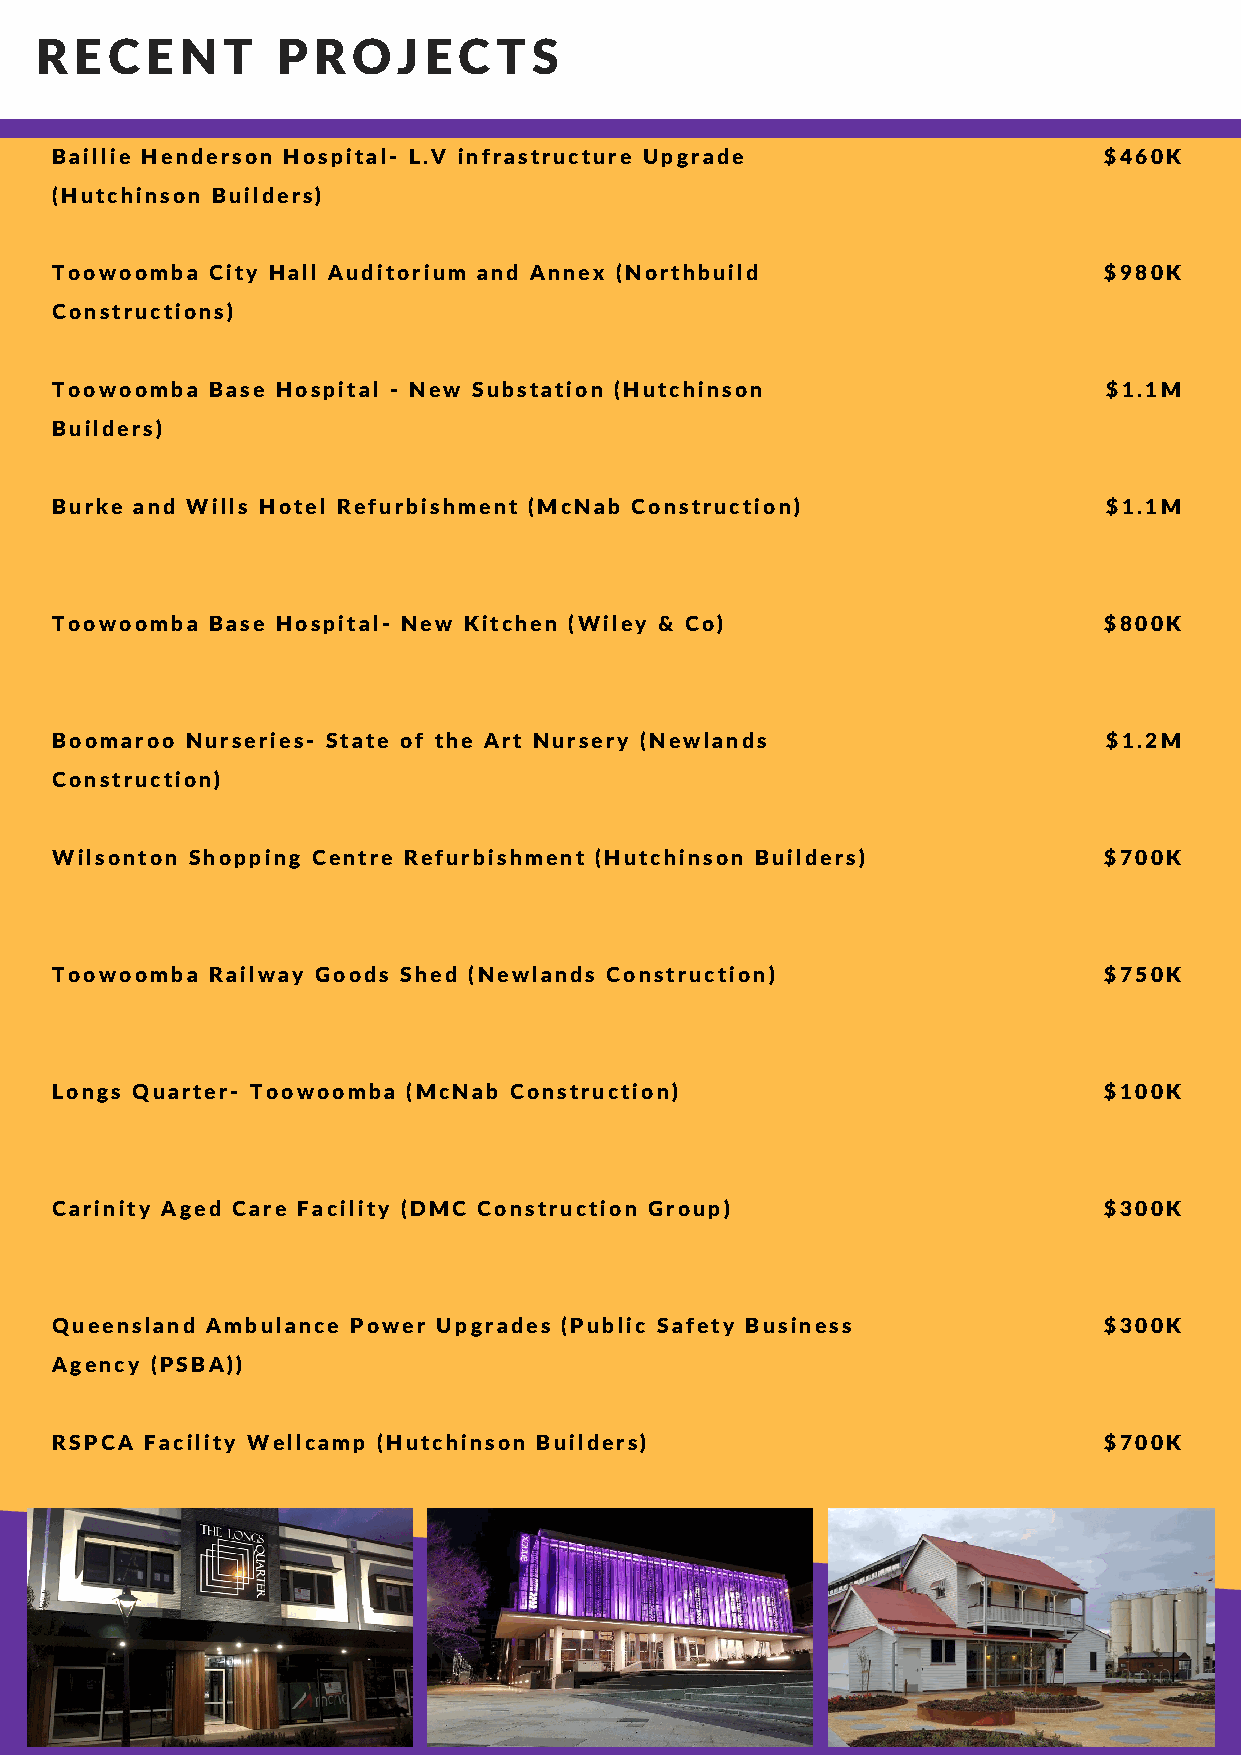
R  E C  E N  T  P  R O  J E C  T S
 Baillie Henderson Hospital- L.V infrastructure Upgrade                $460K
 (Hutchinson Builders)
 Toowoomba  City Hall Auditorium and Annex (Northbuild                 $980K
 Constructions)
 Toowoomba  Base Hospital - New Substation (Hutchinson                 $1.1M
 Builders)
 Burke and Wills Hotel Refurbishment (McNab Construction)              $1.1M
 Toowoomba  Base Hospital- New Kitchen (Wiley & Co)                    $800K
 Boomaroo Nurseries- State of the Art Nursery (Newlands                $1.2M
 Construction)
 Wilsonton Shopping Centre Refurbishment (Hutchinson Builders)         $700K
 Toowoomba  Railway Goods Shed (Newlands Construction)                 $750K
 Longs Quarter- Toowoomba (McNab Construction)                         $100K
 Carinity Aged Care Facility (DMC Construction Group)                  $300K
 Queensland Ambulance Power Upgrades (Public Safety Business           $300K
 Agency (PSBA))
 RSPCA  Facility Wellcamp (Hutchinson Builders)                        $700K